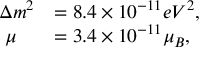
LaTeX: \begin{array} { l l } { { \Delta m ^ { 2 } } } & { { = 8 . 4 \times 1 0 ^ { - 1 1 } e V ^ { 2 } , } } \\ { { \, \, \mu } } & { { = 3 . 4 \times 1 0 ^ { - 1 1 } \mu _ { B } , } } \end{array}